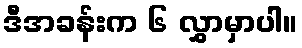
ဒီအခန်းက ၆ လွှာမှာပါ။